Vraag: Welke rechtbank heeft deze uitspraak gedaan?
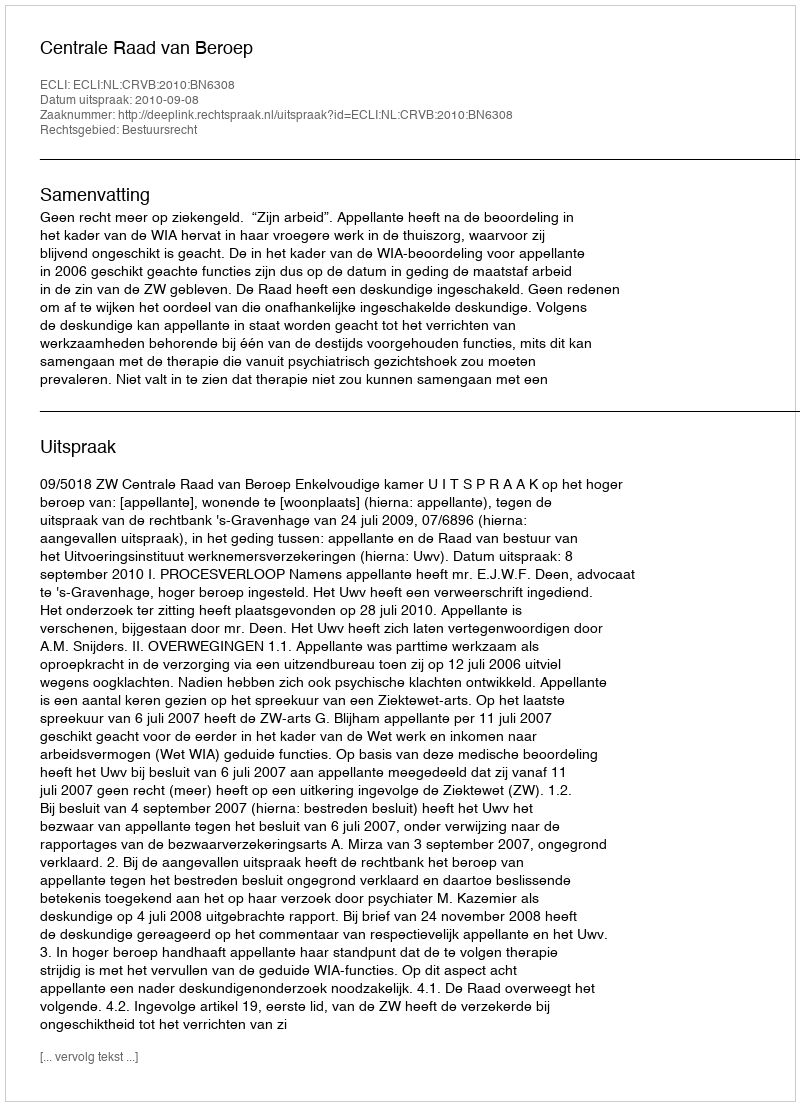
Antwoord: Centrale Raad van Beroep